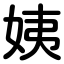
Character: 姨